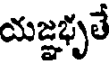
యజ్ఞభృతే